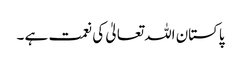
پاکستان اللہ تعالیٰ کی نعمت ہے ۔